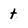
Character: t